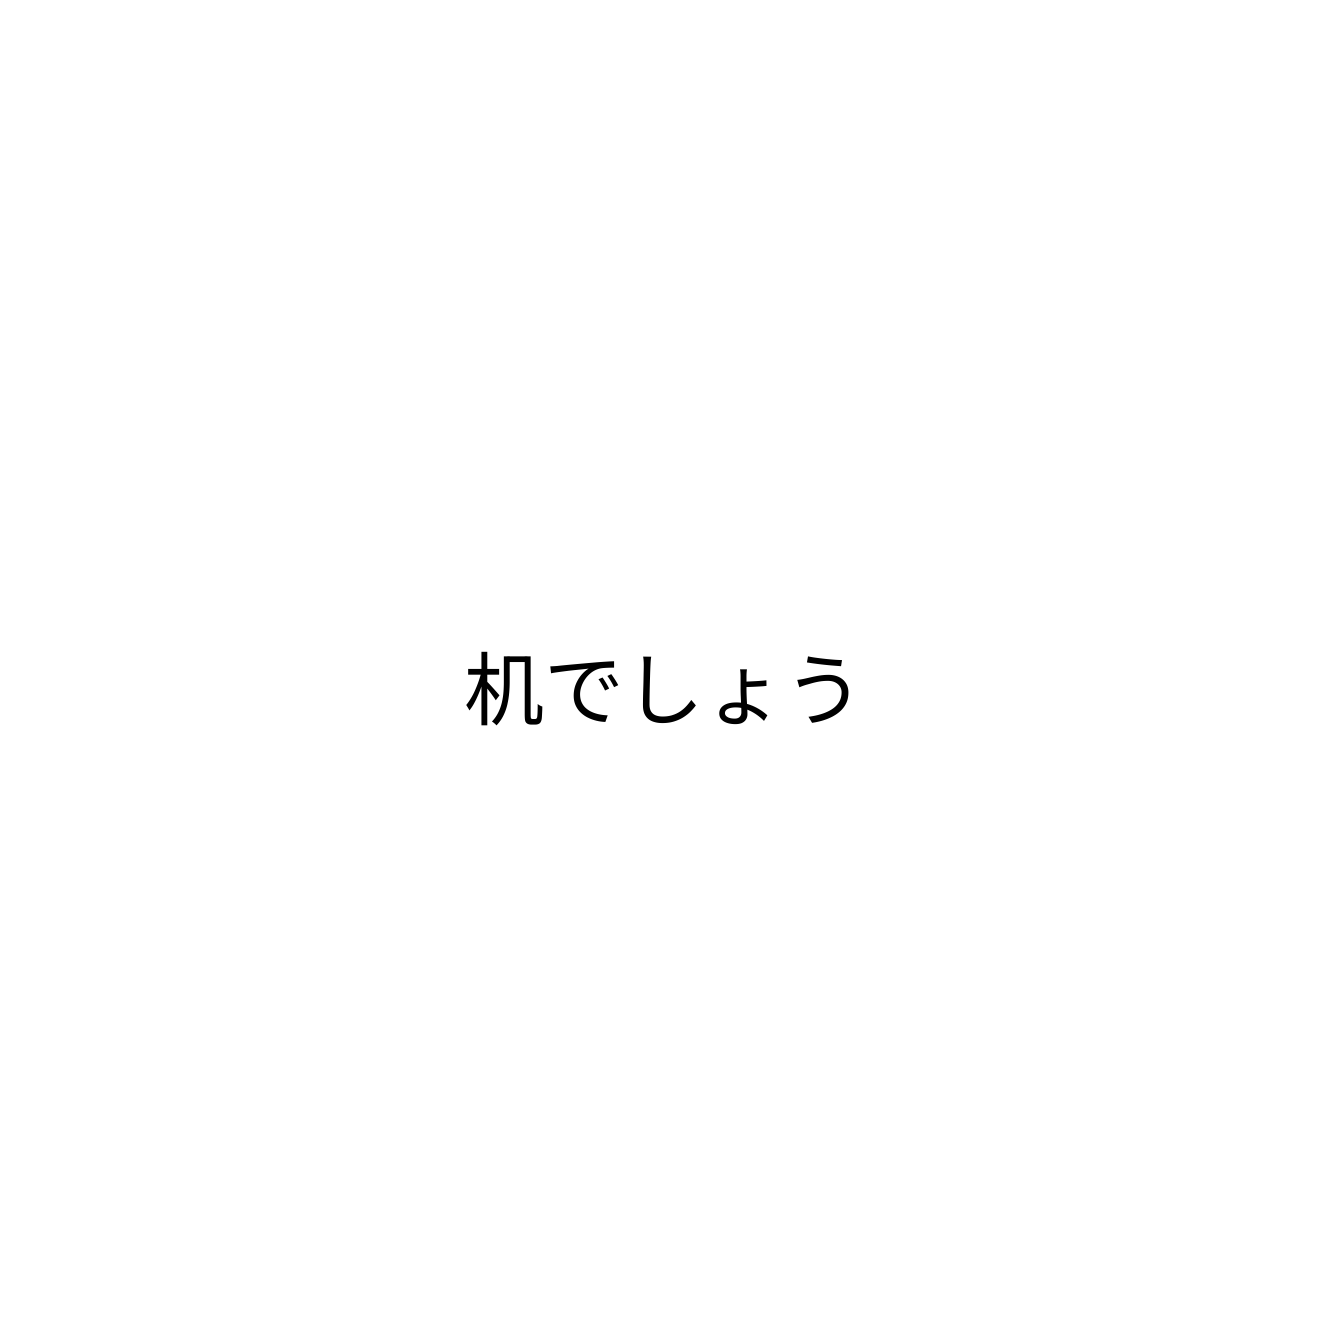
机でしょう